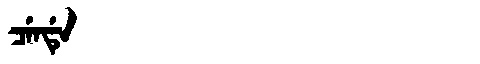
Manchu: ᠴᡝᠨᡩᡝ
Romanization: CENDE